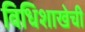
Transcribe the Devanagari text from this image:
विधिशाखेची